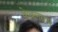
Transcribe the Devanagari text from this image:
केबलग्राम